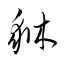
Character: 貅